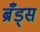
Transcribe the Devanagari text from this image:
ब्रँड्स